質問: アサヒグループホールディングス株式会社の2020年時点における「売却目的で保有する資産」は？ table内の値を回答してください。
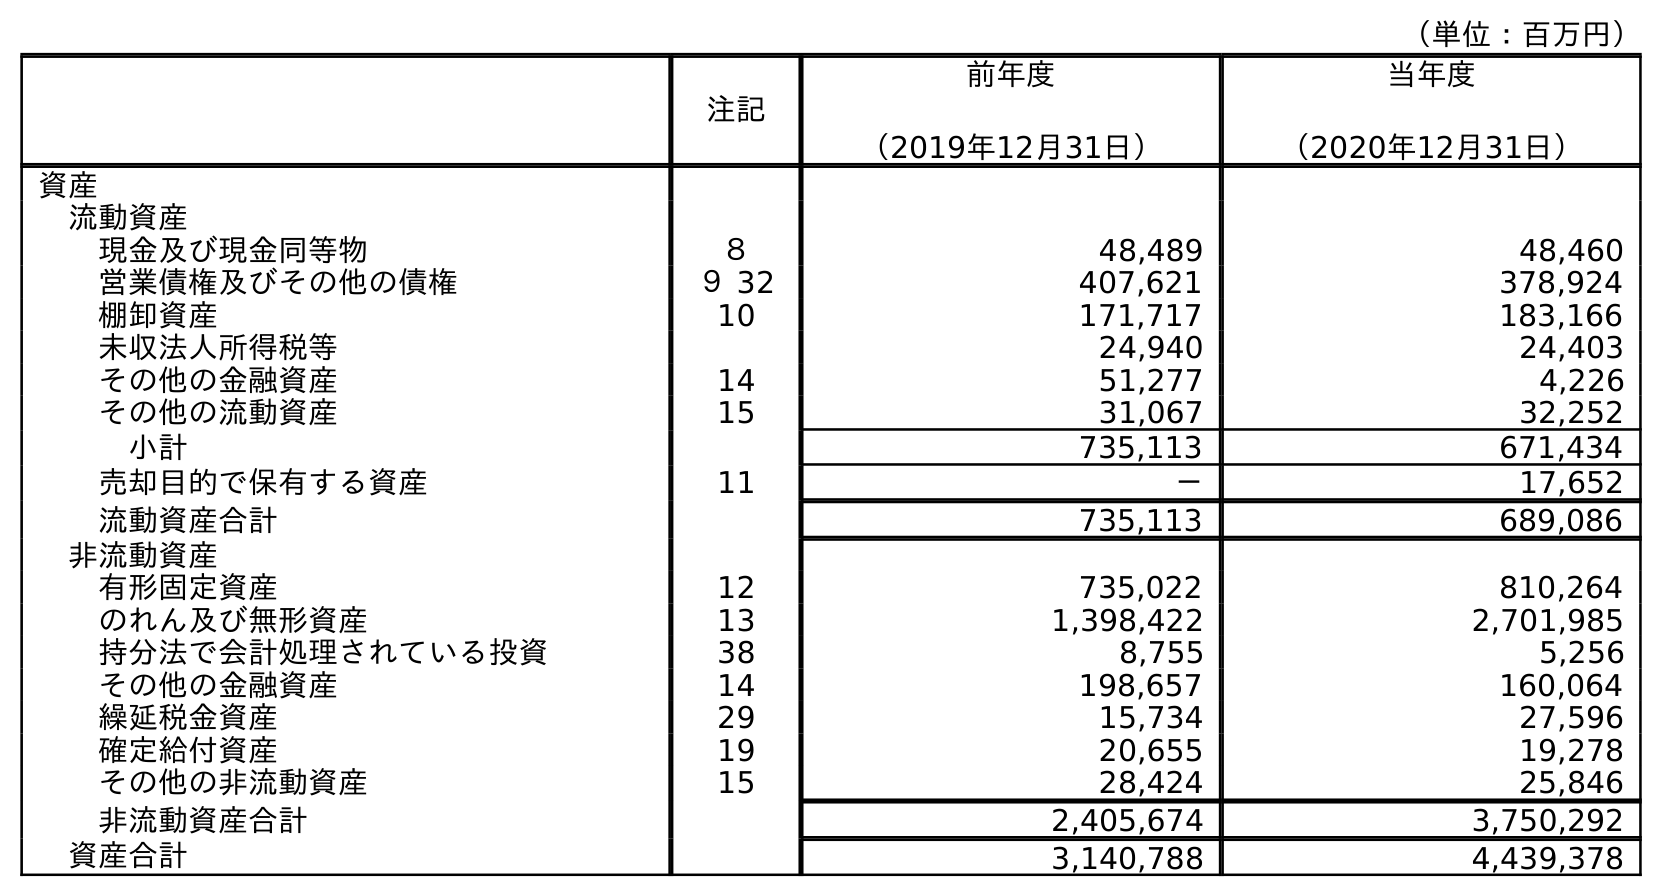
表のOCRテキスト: （単位：百万円） 注記 前年度 （2019年12月31日） 当年度 （2020年12月31日） 資産 流動資産 現金及び現金同等物 ８ 48,489 48,460 営業債権及びその他の債権 ９ 32 407,621 378,924 棚卸資産 10 171,717 183,166 未収法人所得税等 24,940 24,403 その他の金融資産 14 51,277 4,226 その他の流動資産 15 31,067 32,252 小計 735,113 671,434 売却目的で保有する資産 11 － 17,652 流動資産合計 735,113 689,086 非流動資産 有形固定資産 12 735,022 810,264 のれん及び無形資産 13 1,398,422 2,701,985 持分法で会計処理されている投資 38 8,755 5,256 その他の金融資産 14 198,657 160,064 繰延税金資産 29 15,734 27,596 確定給付資産 19 20,655 19,278 その他の非流動資産 15 28,424 25,846 非流動資産合計 2,405,674 3,750,292 資産合計 3,140,788 4,439,378
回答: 17,652